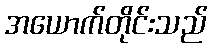
အယောက်တိုင်းသည်